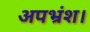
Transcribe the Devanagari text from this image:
अपभ्रंश।